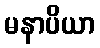
မနာပိယာ